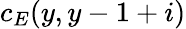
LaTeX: c_{E}(y,y-1+i)